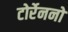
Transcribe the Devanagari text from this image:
टोर्रेननो